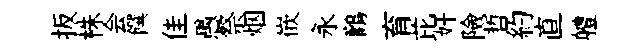
扳株会饌佳愚祭烟嵌永鸛育芘奸險哲約直軆